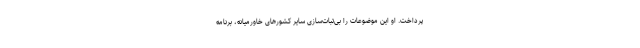
پرداخت. او این موضوعات را بی‌ثبات‌سازی سایر کشورهای خاورمیانه، برنامه